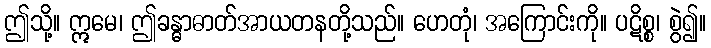
ဤသို့။ ဣမေ၊ ဤခန္ဓာဓာတ်အာယတနတို့သည်။ ဟေတုံ၊ အကြောင်းကို။ ပဋိစ္စ၊ စွဲ၍။